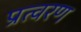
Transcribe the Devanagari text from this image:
प्रत्वरण